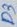
Text: D3